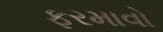
ફરમાવો